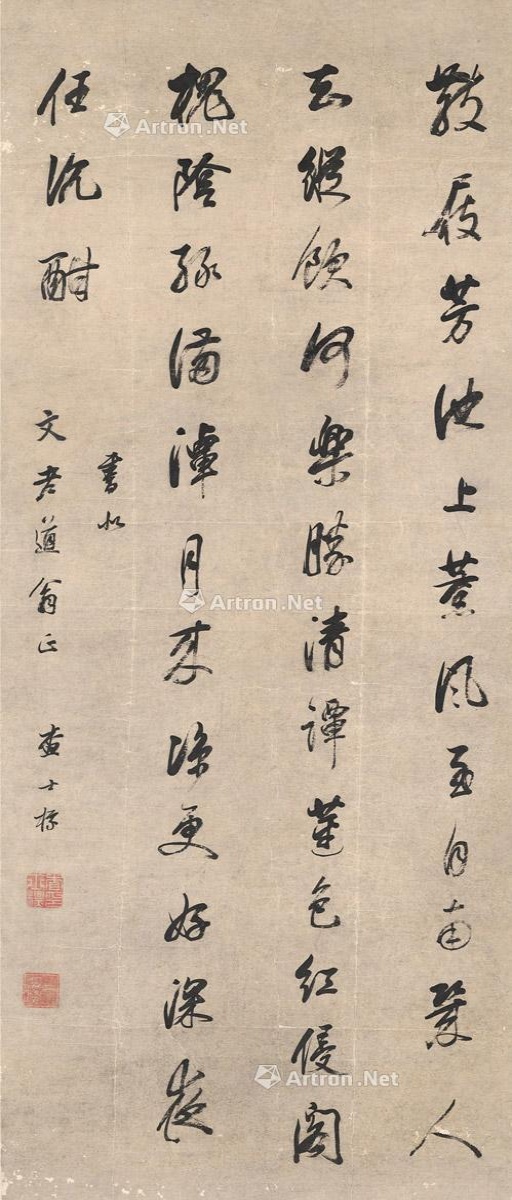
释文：散屐芳池上，熏风至自南。几人知纵饮，何乐胜清谭。莲色红侵阁，槐阴绿满潭。月来凉更好，深夜任沉酣。书似文老道翁正。查士标。